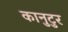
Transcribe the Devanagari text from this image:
कानुटुर